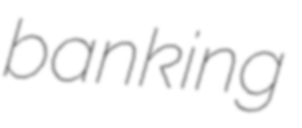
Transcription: banking